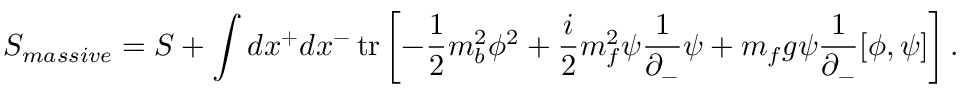
S _ { m a s s i v e } = S + \int d x ^ { + } d x ^ { - } \, \mathrm { t r } \left[ - \frac { 1 } { 2 } m _ { b } ^ { 2 } \phi ^ { 2 } + \frac { i } { 2 } m _ { f } ^ { 2 } \psi \frac { 1 } { \partial _ { - } } \psi + m _ { f } g \psi \frac { 1 } { \partial _ { - } } [ \phi , \psi ] \right] .